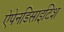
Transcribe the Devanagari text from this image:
ऐपेनडिसाइटिश